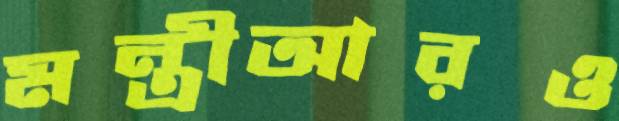
মন্ত্রীআরও